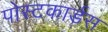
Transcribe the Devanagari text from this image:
पोस्टकार्डस